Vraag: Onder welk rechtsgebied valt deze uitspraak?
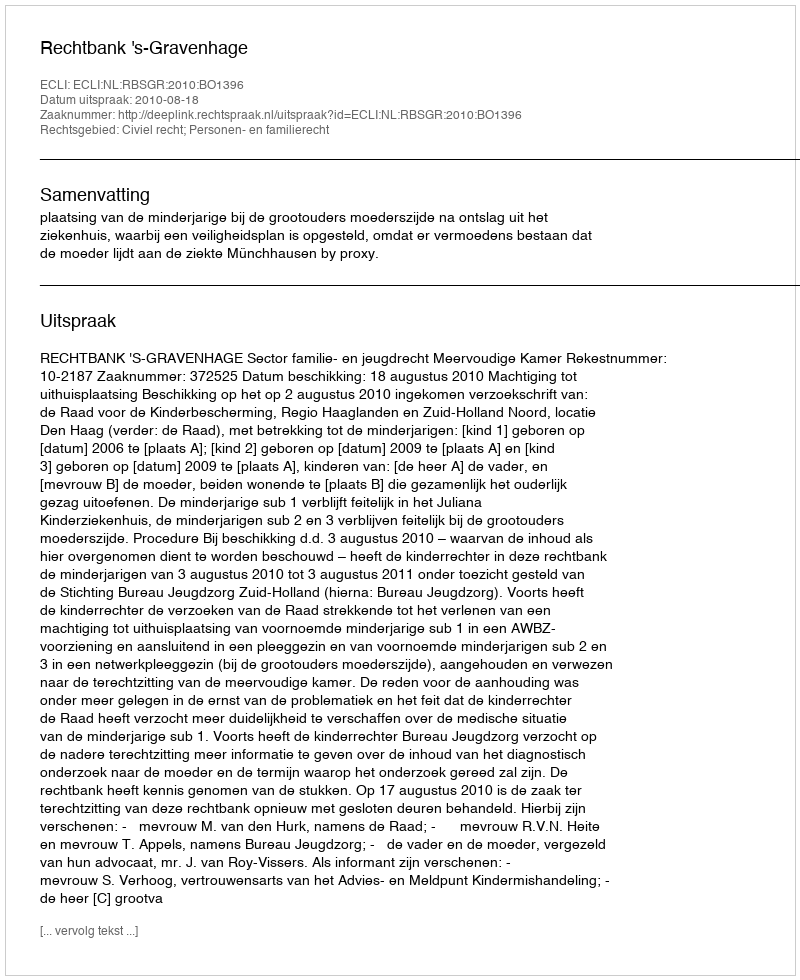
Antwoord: Civiel recht; Personen- en familierecht